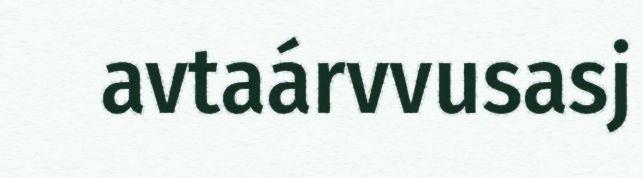
avtaárvvusasj